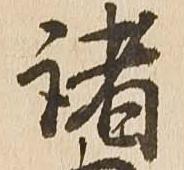
諸